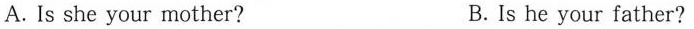
A. Is she your mother? B. Is he your father?